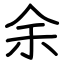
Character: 余